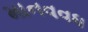
માનવવધ